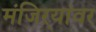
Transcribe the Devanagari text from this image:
मंजिऱ्यांवर